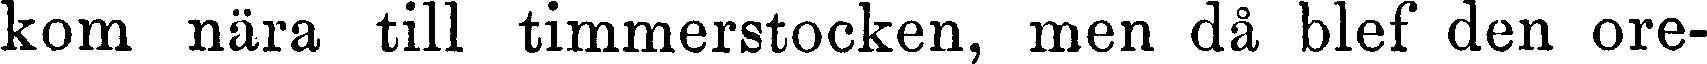
kom nära till timmerstocken, men då blef den ore-